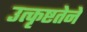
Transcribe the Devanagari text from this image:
उत्कृष्टतेने